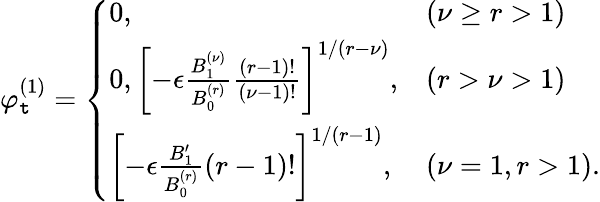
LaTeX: \varphi_{\mathtt{t}}^{(1)}=\left\{ \begin{array}{ll}{0,}&{(\nu\geq r>1)}\\ {0,\left[-\epsilon\frac{B_{1}^{(\nu)}}{B_{0}^{(r)}}\frac{(r-1)!}{(\nu-1)!}\right]^{1/(r-\nu)},}&{(r>\nu>1)}\\ {\left[-\epsilon\frac{B_{1}^{\prime}}{B_{0}^{(r)}}(r-1)!\right]^{1/(r-1)},}&{(\nu=1,r>1).}\end{array}\right.